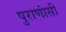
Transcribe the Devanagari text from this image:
पुराणांसी